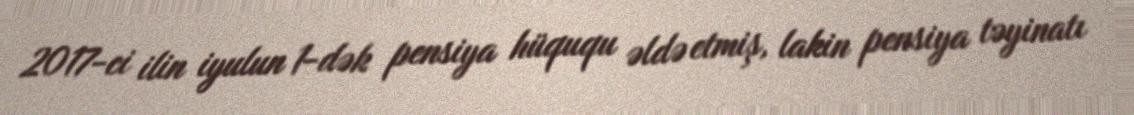
2017-ci ilin iyulun 1-dək pensiya hüququ əldə etmiş, lakin pensiya təyinatı